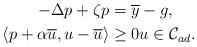
LaTeX: \begin{align*}-\Delta p +\zeta p&=\overline{y}-g,\\\langle p+\alpha \overline{u}, u-\overline{u} \rangle & \ge 0u\in \mathcal{C}_{ad}. \end{align*}